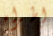
إطراء